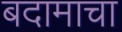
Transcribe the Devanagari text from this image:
बदामाचा